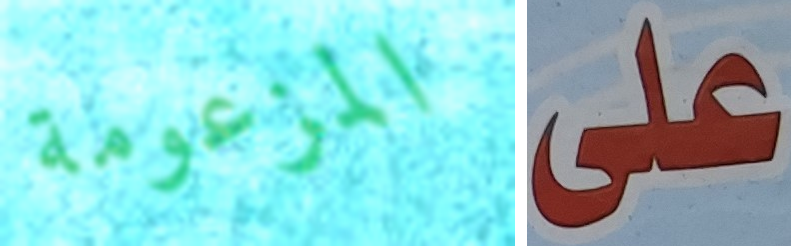
المزعومة على